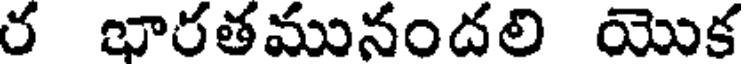
ర భారతమునందలి యొక